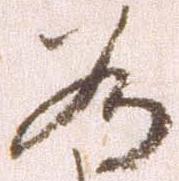
為